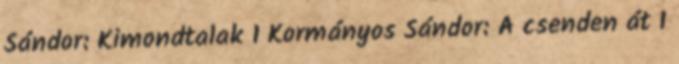
Sándor: Kimondtalak 1 Kormányos Sándor: A csenden át 1